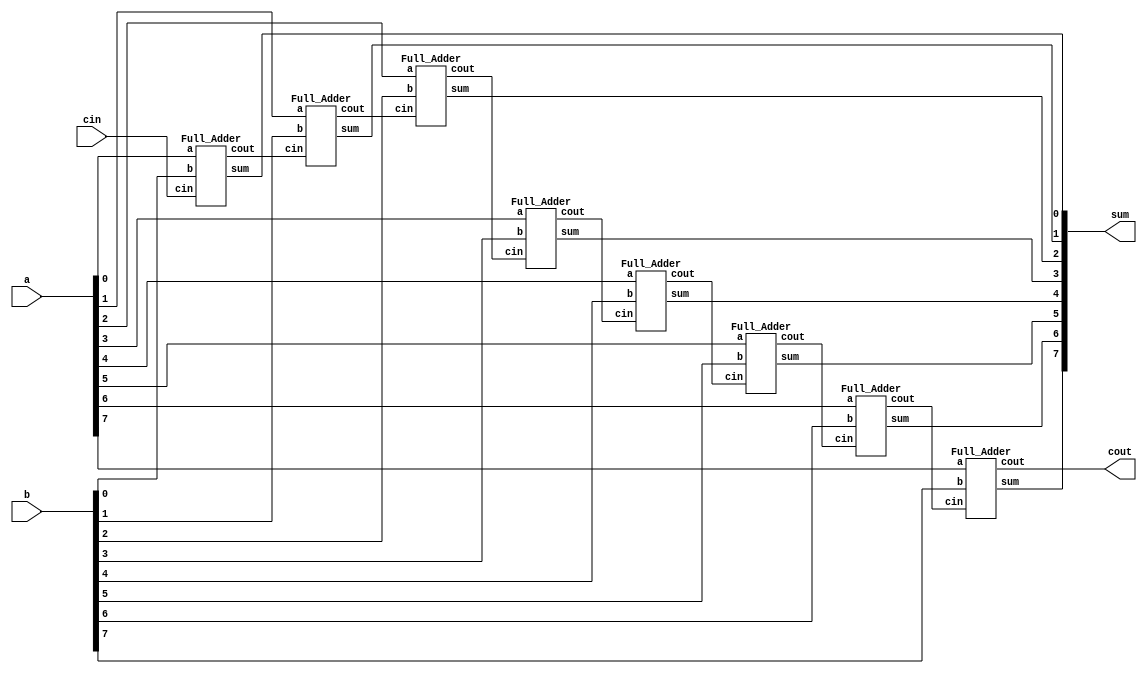
`timescale 1ns/1ps

module Ripple_Carry_Adder(a, b, cin, cout, sum);
    input [7:0] a, b;
    input cin;
    output cout;
    output [7:0] sum;

    wire w0, w1, w2, w3, w4, w5, w6, w7;

    Full_Adder fa0(a[0],b[0],cin,w0,sum[0]);
    Full_Adder fa1(a[1],b[1],w0,w1,sum[1]);
    Full_Adder fa2(a[2],b[2],w1,w2,sum[2]);
    Full_Adder fa3(a[3],b[3],w2,w3,sum[3]);
    Full_Adder fa4(a[4],b[4],w3,w4,sum[4]);
    Full_Adder fa5(a[5],b[5],w4,w5,sum[5]);
    Full_Adder fa6(a[6],b[6],w5,w6,sum[6]);
    Full_Adder fa7(a[7],b[7],w6,cout,sum[7]);
    
endmodule

module Full_Adder (a, b, cin, cout, sum);
    input a, b, cin;
    output cout, sum;

    wire temp1, temp2, tempsum;

    Half_Adder ha1(a,b,temp1,tempsum);
    Half_Adder ha2(cin, tempsum, temp2, sum);
    Majority m1(a,b,cin, cout);
endmodule

module Half_Adder(a, b, cout, sum);
    input a, b;
    output cout, sum;

    XOR xor1(sum, a, b);
    AND and1(cout, a, b);
endmodule

module XOR(out, in1, in2);
    input in1, in2;
    output out;
    wire AB, ABA, ABB;
    nand nandAB(AB, in1, in2);
    nand nand1(ABA, AB, in1);
    nand nand2(ABB, AB, in2);
    nand xorAB(out, ABA, ABB);
endmodule

module Majority(a, b, c, out);
    input a, b, c;
    output out;

    wire andAB, andAC, andBC, orABAC;

    AND andab(andAB, a, b);
    AND andac(andAC, a, c);
    AND andbc(andBC, b, c);
    OR orabac(orABAC, andAB, andAC);

    OR oror1andbc(out, orABAC, andBC);

endmodule

module AND(out, in1, in2);
    input in1, in2;
    output out;
    wire nandAB;
    nand nand1(nandAB, in1, in2);
    nand nand2(out, nandAB, nandAB);
endmodule

module OR(out, in1, in2);
    input in1, in2;
    output out;
    wire A,B;
    nand nand1(A, in1, in1);
    nand nand2(B, in2, in2);
    nand orAB(out, A, B);
endmodule